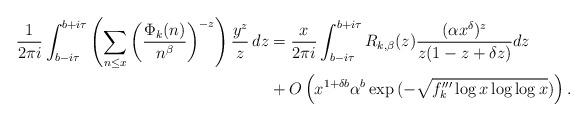
LaTeX: \begin{align*} \frac{1}{2\pi i}\int_{b-i \tau}^{b+i \tau}\left(\sum_{n\le x} \left(\frac{\Phi_k(n)}{n^\beta}\right)^{-z}\right)\frac{y^z}{z}\,dz&= \frac{x}{2\pi i}\int_{b-i \tau}^{b+i \tau} R_{k, \beta} (z) \frac{(\alpha x^\delta) ^{z} }{z(1-z+\delta z)}dz\\& +O\left(x^{1+\delta b} \alpha^{b} \exp{(- \sqrt{f_k^{\prime \prime \prime} \log x \log\log x}} )\right).\end{align*}